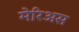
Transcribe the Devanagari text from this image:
मेरिअस